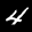
Label: 4